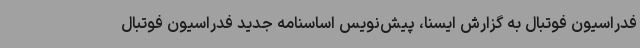
فدراسیون فوتبال به گزارش ایسنا، پیش‌نویس اساسنامه جدید فدراسیون فوتبال